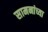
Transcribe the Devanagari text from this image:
सामनांच्या